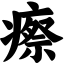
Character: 瘵